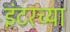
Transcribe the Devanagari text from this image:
इंटरच्या